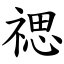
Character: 禗